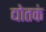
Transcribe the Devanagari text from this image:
द्योतकं